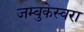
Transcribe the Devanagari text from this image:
जम्बुकेस्वरा